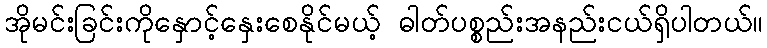
အိုမင်းခြင်းကိုနှောင့်နှေးစေနိုင်မယ့် ဓါတ်ပစ္စည်းအနည်းငယ်ရှိပါတယ်။